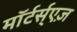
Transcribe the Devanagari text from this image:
माॅर्टर्स्एज़